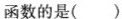
函数的是()。